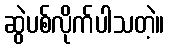
ဆွဲပစ်လိုက်ပါသတဲ့။